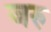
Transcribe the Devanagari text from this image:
जरु